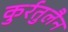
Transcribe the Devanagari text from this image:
कुर्रतुलैन